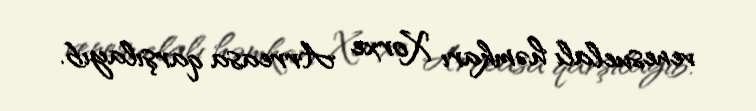
venesuelalı həmkarı Xorxe Arreasa qarşılayıb.